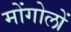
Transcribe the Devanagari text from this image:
मोंगोलों